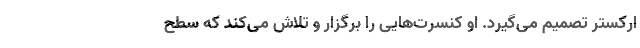
ارکستر تصمیم می‌گیرد. او کنسرت‌هایی را برگزار و تلاش می‌کند که سطح